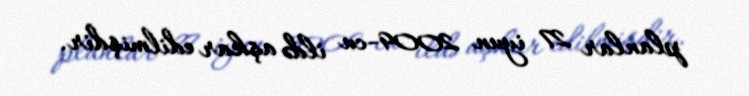
planlar 27 iyun 2009-cu ildə aşkar edilmişdir.